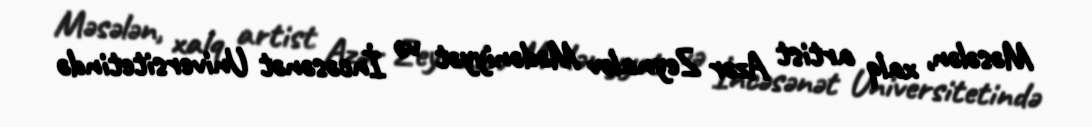
Məsələn, xalq artist Azər Zeynalov Mədəniyyət və İncəsənət Universitetində